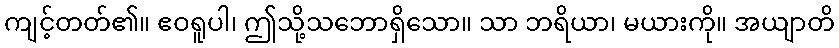
ကျင့်တတ်၏။ ဧဝရူပါ၊ ဤသို့သဘောရှိသော။ သာ ဘရိယာ၊ မယားကို။ အယျာတိ